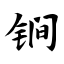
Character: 锏